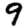
Digit: 9